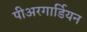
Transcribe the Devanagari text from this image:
पीअरगार्डियन